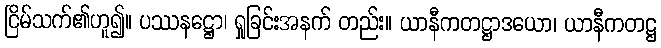
ငြိမ်သက်၏ဟူ၍။ ပဿနဋ္ဌော၊ ရှုခြင်းအနက် တည်း။ ယာနီကတဋ္ဌာဒယော၊ ယာနီကတဋ္ဌ